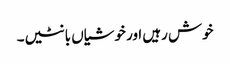
خوش رہیں اور خوشیاں بانٹیں۔